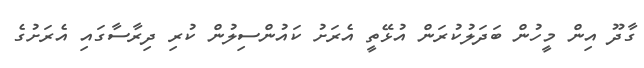
ގާދޫ އިން މީހުން ބަދަލުކުރަން އުޅޭތީ އެރަށު ކައުންސިލުން ކުރި ދިރާސާގައި އެރަށުގެ